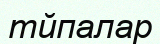
тйпалар